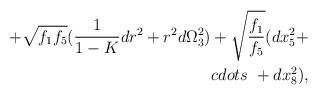
LaTeX: \begin{align*}+ \sqrt{f_1 f_5}( \frac{1}{1 - K} dr^2 + r^2 d \Omega_3^2 )+ \sqrt{\frac{f_1}{f_5}} (dx_5^2 + \\cdots \ + dx_8^2 ) ,\end{align*}